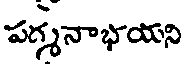
పర్శనాభయని